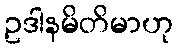
ဥဒါနမိတိမာဟု